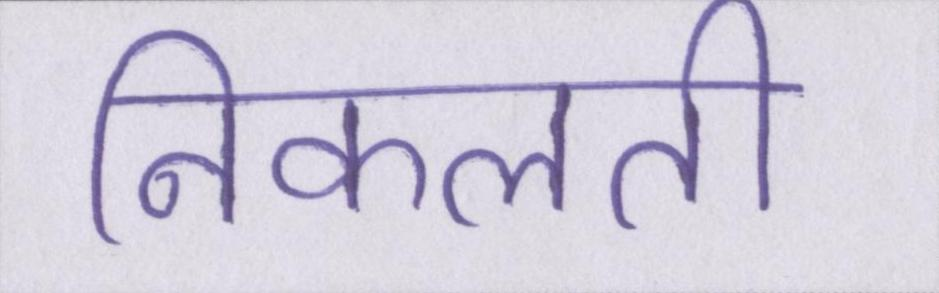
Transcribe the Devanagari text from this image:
निकलती